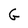
Character: G